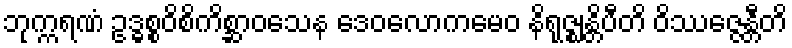
ဘုက္ကရဏံ ဥဒ္ဓစ္စဝိစိကိစ္ဆာဝသေန ဒေဝလောကမေဝ နိရုဇ္ဈန္တိပီတိ ဝိဿဇ္ဇေန္တီတိ